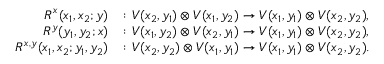
\begin{array} { r l } { R ^ { x } ( x _ { 1 } , x _ { 2 } ; y ) } & { \colon V ( x _ { 2 } , y _ { 1 } ) \otimes V ( x _ { 1 } , y _ { 2 } ) \to V ( x _ { 1 } , y _ { 1 } ) \otimes V ( x _ { 2 } , y _ { 2 } ) , } \\ { R ^ { y } ( y _ { 1 } , y _ { 2 } ; x ) } & { \colon V ( x _ { 1 } , y _ { 2 } ) \otimes V ( x _ { 2 } , y _ { 1 } ) \to V ( x _ { 1 } , y _ { 1 } ) \otimes V ( x _ { 2 } , y _ { 2 } ) , } \\ { R ^ { x , y } ( x _ { 1 } , x _ { 2 } ; y _ { 1 } , y _ { 2 } ) } & { \colon V ( x _ { 2 } , y _ { 2 } ) \otimes V ( x _ { 1 } , y _ { 1 } ) \to V ( x _ { 1 } , y _ { 1 } ) \otimes V ( x _ { 2 } , y _ { 2 } ) . } \end{array}